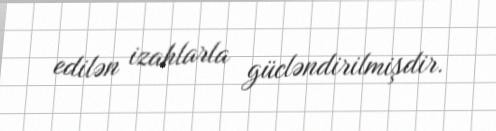
edilən izahlarla gücləndirilmişdir.